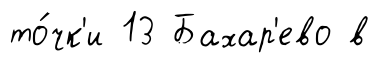
то́чк'и 13 Бахар'ево в